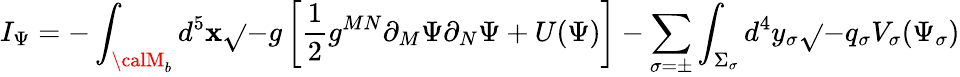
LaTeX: I_{\Psi}=-\int_{{\calM}_{b}}d^{5}\mathbf{x}\sqrt{}{{-g}}\left[\frac{{1}}{{2}}g^{MN}\partial_{M}\Psi\partial_{N}\Psi+U(\Psi)\right]-\sum_{\sigma=\pm}\int_{\Sigma_{\sigma}}d^{4}y_{\sigma}\sqrt{}{{-q_{\sigma}}}V_{\sigma}(\Psi_{\sigma})